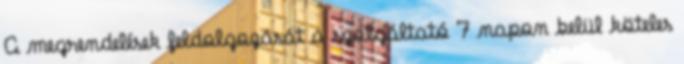
A megrendelések feldolgozását a szolgáltató 7 napon belül köteles